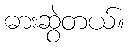
ဓားဆွဲတယ်။